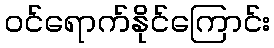
ဝင်ရောက်နိုင်ကြောင်း